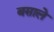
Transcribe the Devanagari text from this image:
बसाले